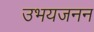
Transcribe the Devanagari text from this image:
उभयजनन